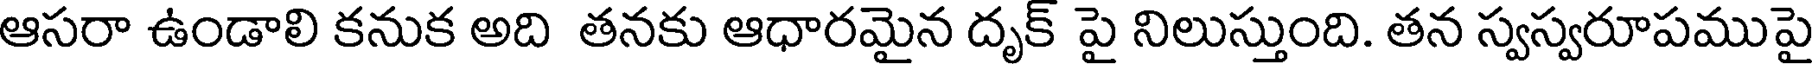
ఆసరా ఉండాలి కనుక అది తనకు ఆధారమైన దృక్ పై నిలుస్తుంది. తన స్వస్వరూపముపై